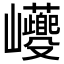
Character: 𡿚